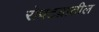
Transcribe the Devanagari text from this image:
रोपटय़ातील